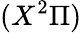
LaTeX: (X^{2}\Pi)